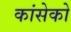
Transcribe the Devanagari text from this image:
कांसेको